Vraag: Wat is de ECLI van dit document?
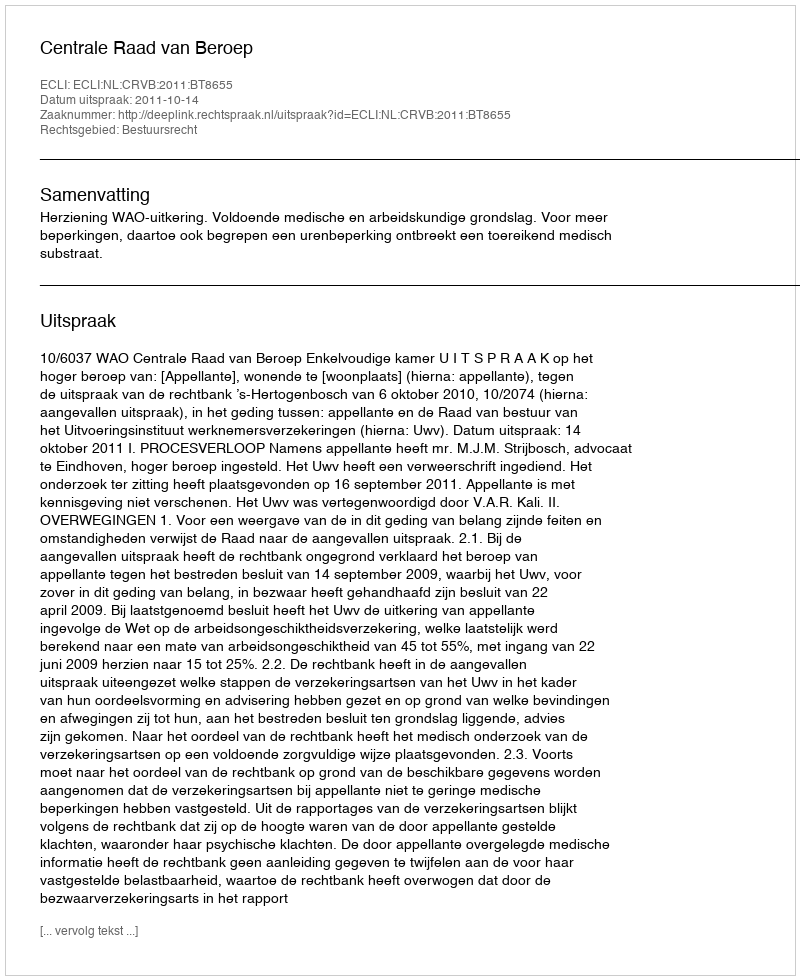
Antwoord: ECLI:NL:CRVB:2011:BT8655